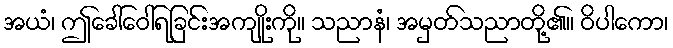
အယံ၊ ဤခေါ်ဝေါ်ရခြင်းအကျိုးကို။ သညာနံ၊ အမှတ်သညာတို့၏။ ဝိပါကော၊